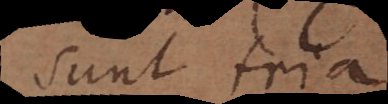
sunt tria